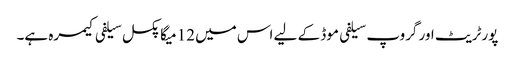
پورٹریٹ اور گروپ سیلفی موڈ کے لیے اس میں 12 میگا پکسل سیلفی کیمرہ ہے۔